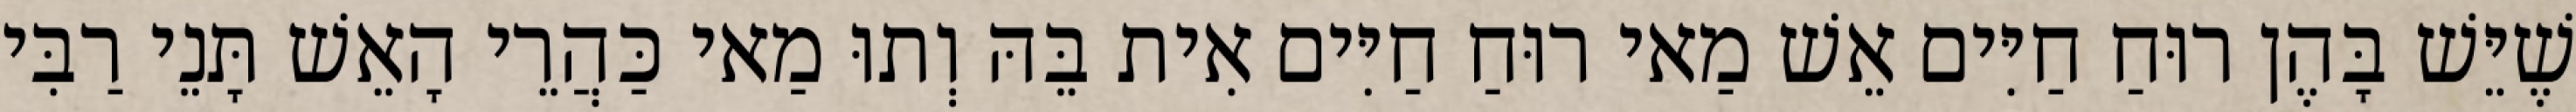
שֶׁיֵּשׁ בָּהֶן רוּחַ חַיִּים אֵשׁ מַאי רוּחַ חַיִּים אִית בֵּהּ וְתוּ מַאי כַּהֲרֵי הָאֵשׁ תָּנֵי רַבִּי